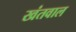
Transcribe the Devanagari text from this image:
खंतवाल